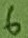
Text: 6